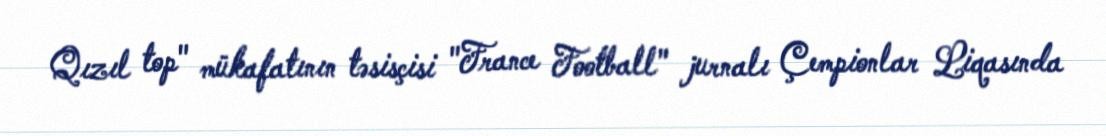
Qızıl top" mükafatının təsisçisi "France Football" jurnalı Çempionlar Liqasında